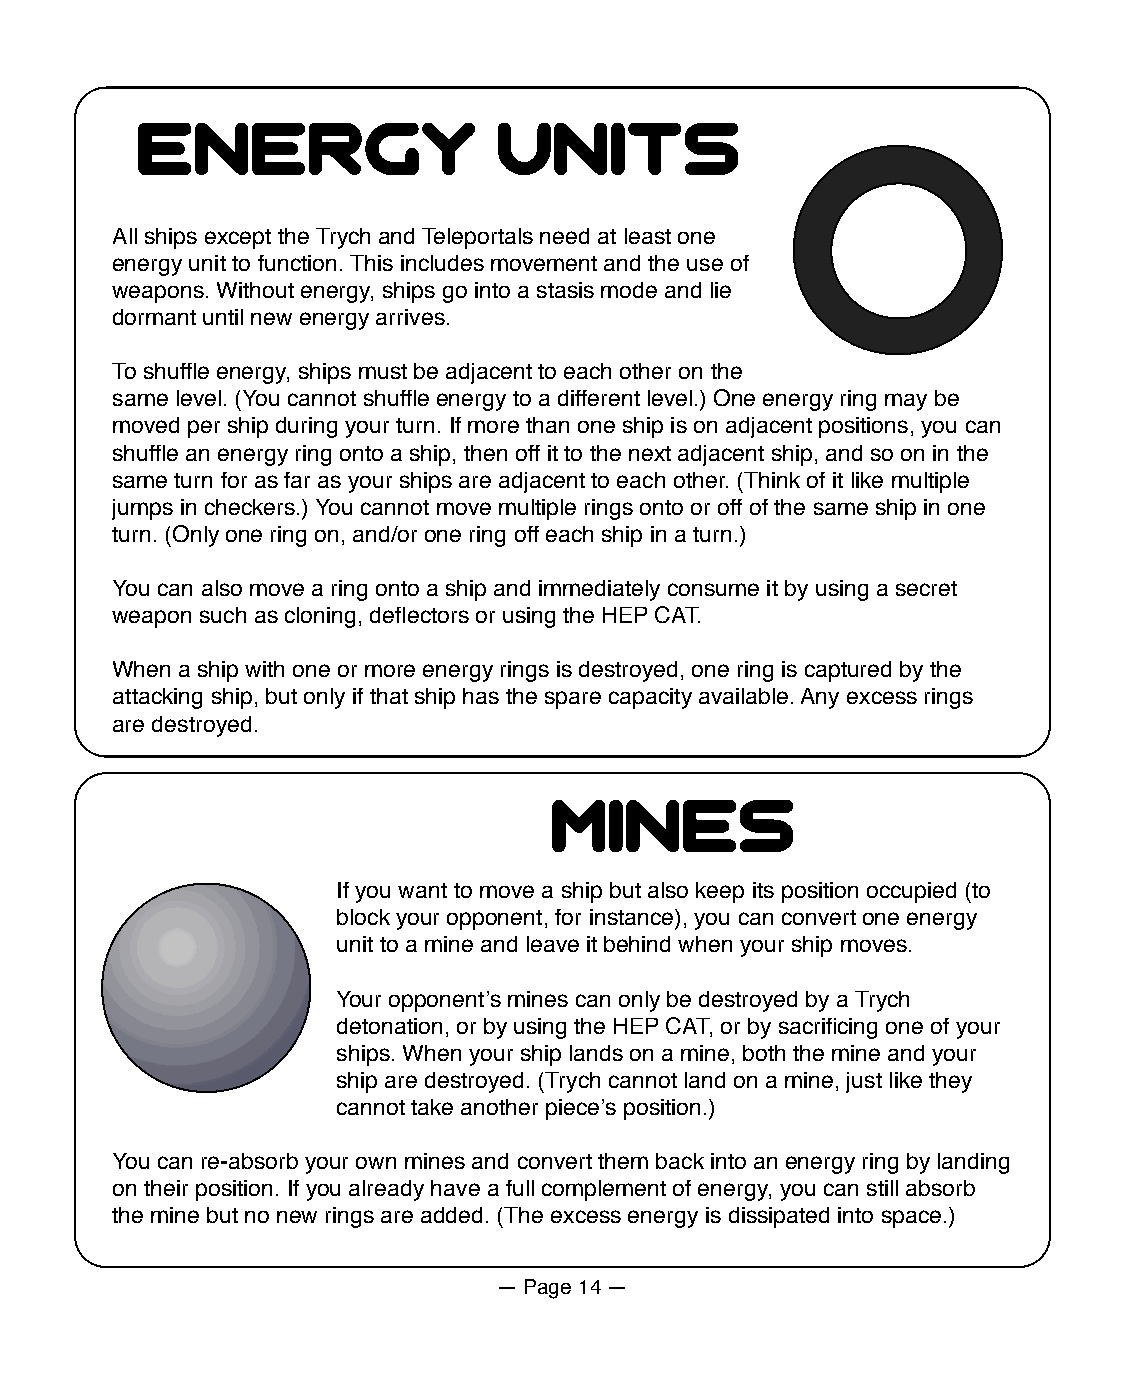
energy                  units
 All ships except the Trych and Teleportals need at least one
 energy unit to function. This includes movement and the use of
 weapons. Without energy, ships go into a stasis mode and lie
 dormant until new energy arrives.
 To shuffle energy, ships must be adjacent to each other on the
 same level. (You cannot shuffle energy to a different level.) One energy ring may be
 moved per ship during your turn. If more than one ship is on adjacent positions, you can
 shuffle an energy ring onto a ship, then off it to the next adjacent ship, and so on in the
 same turn for as far as your ships are adjacent to each other. (Think of it like multiple
 jumps in checkers.) You cannot move multiple rings onto or off of the same ship in one
 turn. (Only one ring on, and/or one ring off each ship in a turn.)
 You can also move a ring onto a ship and immediately consume it by using a secret
 weapon such as cloning, deflectors or using the HEP CAT.
 When a ship with one or more energy rings is destroyed, one ring is captured by the
 attacking ship, but only if that ship has the spare capacity available. Any excess rings
 are destroyed.
 mines
 If you want to move a ship but also keep its position occupied (to
 block your opponent, for instance), you can convert one energy
 unit to a mine and leave it behind when your ship moves.
 Your opponentʼs mines can only be destroyed by a Trych
 detonation, or by using the HEP CAT, or by sacrificing one of your
 ships. When your ship lands on a mine, both the mine and your
 ship are destroyed. (Trych cannot land on a mine, just like they
 cannot take another pieceʼs position.)
 You can re-absorb your own mines and convert them back into an energy ring by landing
 on their position. If you already have a full complement of energy, you can still absorb
 the mine but no new rings are added. (The excess energy is dissipated into space.)
 — Page 14 —